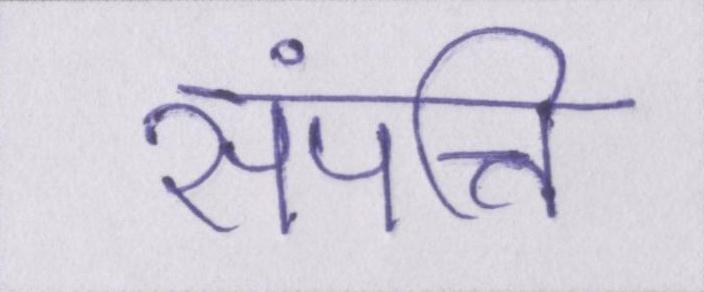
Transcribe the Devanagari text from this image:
संपत्ति